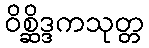
ဝိစ္ဆိဒ္ဒကသုတ္တ